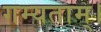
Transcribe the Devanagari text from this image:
गम्यताम्।